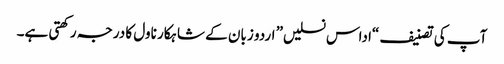
آپ کی تصنیف “اداس نسلیں” اردو زبان کے شاہکار ناول کا درجہ رکھتی ہے۔